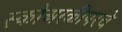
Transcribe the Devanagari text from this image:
स्कोअरकीपरचे